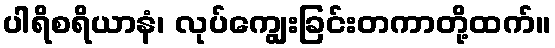
ပါရိစရိယာနံ၊ လုပ်ကျွေးခြင်းတကာတို့ထက်။